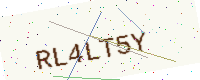
Text: RL4LT5Y